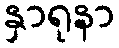
နှာရုနာ